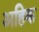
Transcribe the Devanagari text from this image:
अहिक